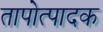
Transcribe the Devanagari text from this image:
तापोत्पादक